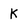
Character: K